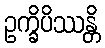
ဥက္ခိပိဿန္တိ